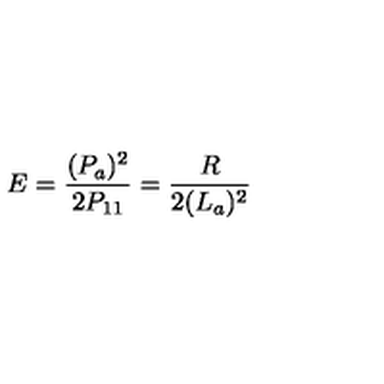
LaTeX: E = \frac { ( P _ { a } ) ^ { 2 } } { 2 P _ { 1 1 } } = \frac { R } { 2 ( L _ { a } ) ^ { 2 } }